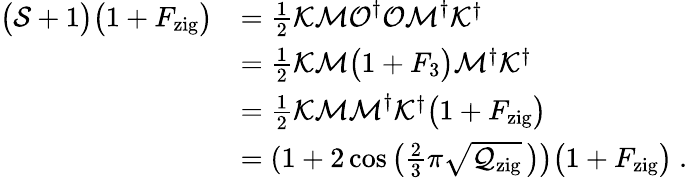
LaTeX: \begin{array}{rl}{\big(\mathcal{S}+1\big)\big(1+{F}_{\mathrm{zig}}\big)}&{=\frac 12\mathcal{KMO}^{\dagger}\mathcal{OM}^{\dagger}\mathcal{K}^{\dagger}}\\ &{=\frac 12\mathcal{KM}\big(1+F_{3}\big)\mathcal{M}^{\dagger}\mathcal{K}^{\dagger}}\\ &{=\frac 12\mathcal{KMM}^{\dagger}\mathcal{K}^{\dagger}\big(1+F_{\mathrm{zig}}\big)}\\ &{=(1+2\cos\big(\frac 23\pi\sqrt{\mathcal{Q}_{\mathrm{zig}}}\, \big)\big)\big(1+F_{\mathrm{zig}}\big)\ .}\end{array}